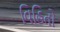
વિહિતો